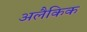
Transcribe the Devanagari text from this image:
अलैकिक